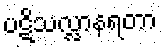
ပဋိသလ္လာနရတာ